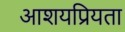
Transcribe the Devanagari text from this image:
आशयप्रियता